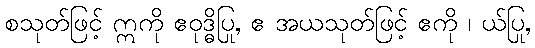
စသုတ်ဖြင့် ဣကို ဧဝုဒ္ဓိပြု, ဧ အယသုတ်ဖြင့် ဧကို ၊ ယ်ပြု,